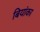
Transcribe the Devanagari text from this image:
बियांका